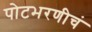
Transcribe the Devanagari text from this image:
पोटभरणीचं